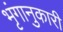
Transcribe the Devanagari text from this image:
भृंगानुकारी